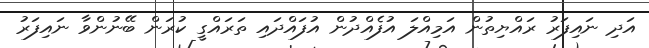
އަދި ނައިފަރު ރައްޔިތުން އަމިއްލަ އުފެއްދުން އުފައްދައި ތަރައްގީ ކުރަން ބޭނުންވާ ނައިފަރު